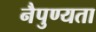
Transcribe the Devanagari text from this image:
नैपुण्यता